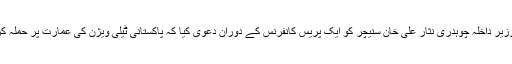
دوسری جانب پاکستان کے وفاقی وزیرِ داخلہ چوہدری نثار علی خان سنیچر کو ایک پریس کانفرنس کے دوران دعویٰ کیا کہ پاکستانی ٹیلی ویژن کی عمارت پر حملہ کرنے والوں کی شناخت ہو گئی ہے۔